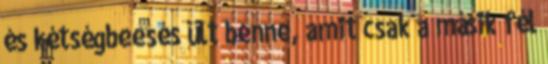
és kétségbeesés ült benne, amit csak a másik fél